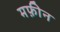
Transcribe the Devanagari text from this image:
मफ़ीन